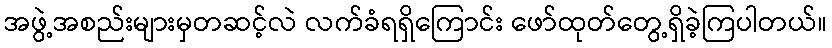
အဖွဲ့အစည်းများမှတဆင့်လဲ လက်ခံရရှိကြောင်း ဖော်ထုတ်တွေ့ရှိခဲ့ကြပါတယ်။